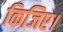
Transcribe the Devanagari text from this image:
किजिए।